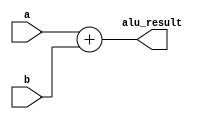
//author Mohd. Faizaan Qureshi

module alu_adder(

	input [15:0] a,b,
	output [15:0] alu_result
);

assign alu_result = a + b;

endmodule